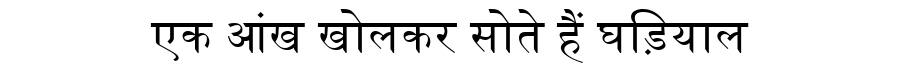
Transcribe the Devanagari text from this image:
एक आंख खोलकर सोते हैं घड़ियाल